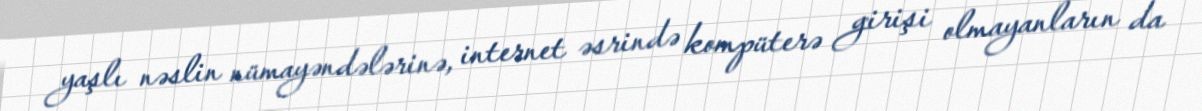
yaşlı nəslin nümayəndələrinə, internet əsrində kompüterə girişi olmayanların da